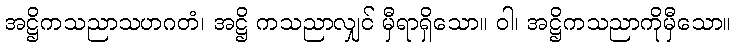
အဋ္ဌိကသညာသဟဂတံ၊ အဋ္ဌိ ကသညာလျှင် မှီရာရှိသော။ ဝါ၊ အဋ္ဌိကသညာကိုမှီသော။